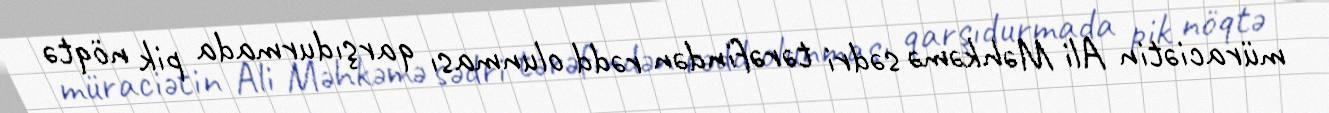
müraciətin Ali Məhkəmə sədri tərəfindən rədd olunması qarşıdurmada pik nöqtə